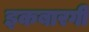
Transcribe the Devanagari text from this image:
इकबारगी